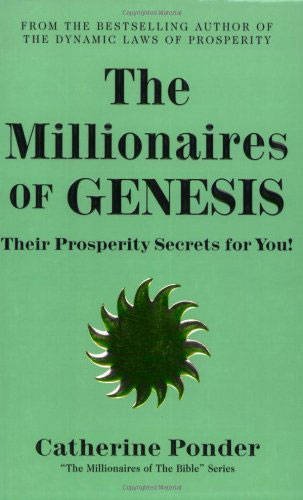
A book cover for The Millionaires of Genesis: Their Prosperity Secrets for You! (The Millionaires of the Bible Series); Catherine Ponder; Christian Books & Bibles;